Civil Veterinary Department. Madras. Admin. report 1926-33 - 1926-1933
Year: 1926
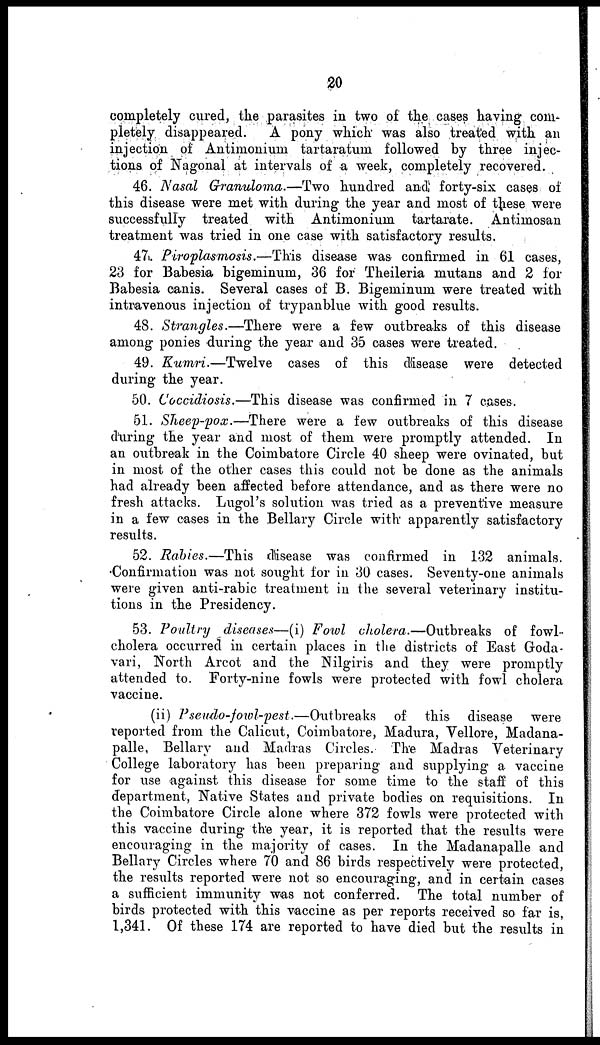
20
completely cured, the parasites in two of the cases having com-
pletely disappeared.
A pony which was also treated with an
injection of Antimonium tartaratum followed by three injec-
tions of Nagonal at intervals of a week, completely recovered.
46. Nasal Granuloma.—Two
hundred and forty-six cases of
this disease were met with during the year and most of these were
successfully treated with Antimonium tartarate. Antimosan
treatment was tried in one case with satisfactory results.
47. Piroplasmosis.—This
disease was confirmed in 61 cases,
23 for Babesia bigeminum, 36 for Theileria mutans and 2 for
Babesia canis. Several cases of B. Bigeminum were treated with
intravenous injection of trypanblue with good results.
48. Strangles.—There
were a few outbreaks of this disease
among ponies during the year and 35 cases were treated.
49. Kumri.—Twelve
cases of this disease were detected
during the year.
50. Coccidiosis.—This
disease was confirmed in 7 cases.
51. Sheep-pox.—There
were a few outbreaks of this disease
(hiring the year and most of them were promptly attended. In
an outbreak in the Coimbatore Circle 40 sheep were ovinated, but
in most of the other cases this could not be done as the animals
had already been affected before attendance, and as there were no
fresh attacks. Lugol's solution was tried as a preventive measure
in a few cases in the Bellary Circle with apparently satisfactory
results.
52. Rabies.—This
disease was confirmed in 132 animals.
Confirmation was not sought for in 30 cases. Seventy-one animals
were given anti-rabic treatment in the several veterinary institu-
tions in the Presidency.
53. Poultry
diseases—(i) Fowl cholera.—Outbreaks
of fowl
cholera occurred in certain places in the districts of East Goda-
vari, North Arcot and the Nilgiris and they were promptly
attended to. Forty-nine fowls were protected with fowl cholera
vaccine.
(ii) Pseudo-fowl-pest.—Outbreaks
of this disease were
reported from the Calicut, Coimbatore, Madura, Vellore, Madana-
palle, Bellary and Madras Circles. The Madras Veterinary
College laboratory has been preparing and supplying a vaccine
for use against this disease for some time to the staff of this
department, Native States and private bodies on requisitions. In
the Coimbatore Circle alone where 372 fowls were protected with
this vaccine during the year, it is reported that the results were
encouraging in the majority of cases. In the Madanapalle and
Bellary Circles where 70 and 86 birds respectively were protected,
the results reported were not so encouraging, and in certain cases
a sufficient immunity was not conferred. The total number of
birds protected with this vaccine as per reports received so far is,
1,341. Of these 174 are reported to have died but the results in